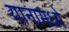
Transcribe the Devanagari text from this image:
यानामध्ये